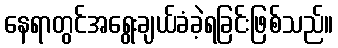
နေရာတွင်အရွေးချယ်ခံခဲ့ရခြင်းဖြစ်သည်။